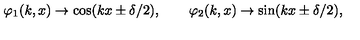
\varphi _ { 1 } ( k , x ) \to \cos ( k x \pm \delta / 2 ) , \qquad \varphi _ { 2 } ( k , x ) \to \sin ( k x \pm \delta / 2 ) ,